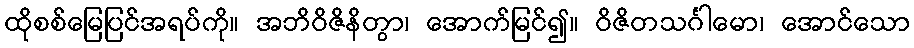
ထိုစစ်မြေပြင်အရပ်ကို။ အဘိဝိဇိနိတွာ၊ အောက်မြင်၍။ ဝိဇိတသင်္ဂါမော၊ အောင်သော